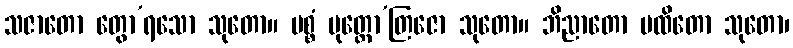
သဇာတော တွော’ရသော သုတော။ ပစ္စံ ပုတ္တော’တြဇော သုတော။ ဘိညာတော ပထိတော သုတော၊